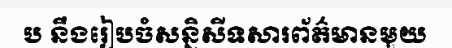
ប នឹងរៀបចំសន្និសីទសារព័ត៌មានមួយ